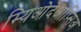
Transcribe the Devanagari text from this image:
म्यिओदेओप्सिअ